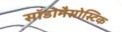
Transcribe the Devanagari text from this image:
सॉडोमैसोस्टिक